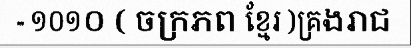
- ១០១០ ( ចក្រភព ខ្មែរ )គ្រងរាជ